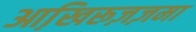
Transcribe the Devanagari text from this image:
आखि़रूज़ज़मा